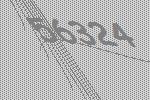
56324